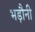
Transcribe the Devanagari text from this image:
भड़ौनी